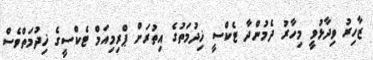
ޒާހިރު ވިދާޅުވީ މިހާރު ދެމުންދާ ޓެކްސީ ޚިދުމަތުގެ އިތުރަށް ޕްރިމިއަމް ޓެކްސީގެ ޚިދުމަތްވެސް